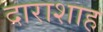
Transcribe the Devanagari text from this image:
दाराशाह